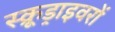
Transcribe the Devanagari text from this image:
स्क्रूड्राइवरों